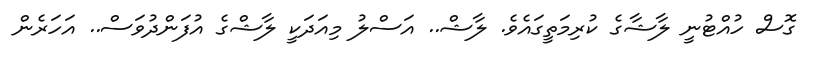
ގޮސް ހުއްޓުނީ ލާޝާގެ ކުރިމަތީގައެވެ. ލާޝް.. އަސްލު މިއަދަކީ ލާޝްގެ އުފަންދުވަސް.. އަހަރެން